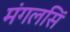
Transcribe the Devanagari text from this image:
मंगलसिं